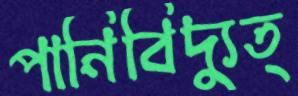
পানিবিদ্যুত্